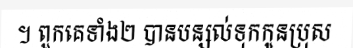
។ ពួកគេទាំង២ បានបន្សល់ទុកកូនប្រុស